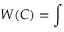
W ( C ) = \int